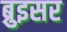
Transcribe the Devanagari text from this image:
ब्रुइसर